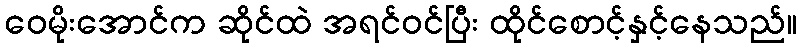
ဝေမိုးအောင်က ဆိုင်ထဲ အရင်ဝင်ပြီး ထိုင်စောင့်နှင့်နေသည်။